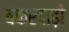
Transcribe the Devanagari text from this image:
बकरदाढ़ी